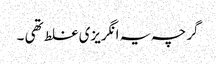
گرچہ یہ انگریزی غلط تھی ۔